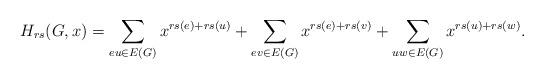
LaTeX: \begin{align*} H_{rs}(G, x) = \sum_{eu \in E(G)} x^{rs(e)+rs(u)} + \sum_{ev \in E(G)} x^{rs(e)+rs(v)} + \sum_{uw \in E(G)} x^{rs(u)+rs(w)}.\end{align*}